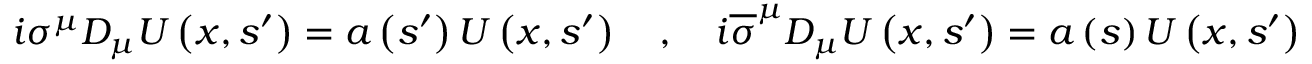
\begin{array} { r } { i \sigma ^ { \mu } D _ { \mu } U \left( x , s ^ { \prime } \right) = a \left( s ^ { \prime } \right) U \left( x , s ^ { \prime } \right) \quad , \quad i \overline { { \sigma } } ^ { \mu } D _ { \mu } U \left( x , s ^ { \prime } \right) = a \left( s \right) U \left( x , s ^ { \prime } \right) } \end{array}